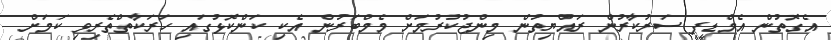
އެގޮތުން އެމްޑީޕީ ސަރުކާރުން ރައްޔިތުން މިންޖުކުރުމަށް މެމްބަރުން އެކި ކަންކޮޅުގައި ހަރަކާތްތެރިވި ކަމަށް